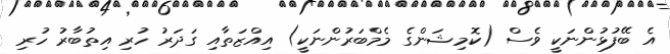
އެ ބޭފުޅުންނަކީ ވެސް (ކޮމިޝަންގެ މެމްބަރުންނަކީ) އިއްޒަތާއި ގަދަރު ހުރި އިތުބާރު ހުރި